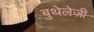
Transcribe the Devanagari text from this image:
बुथेलेज़ी